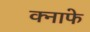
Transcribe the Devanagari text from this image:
क्नाफे